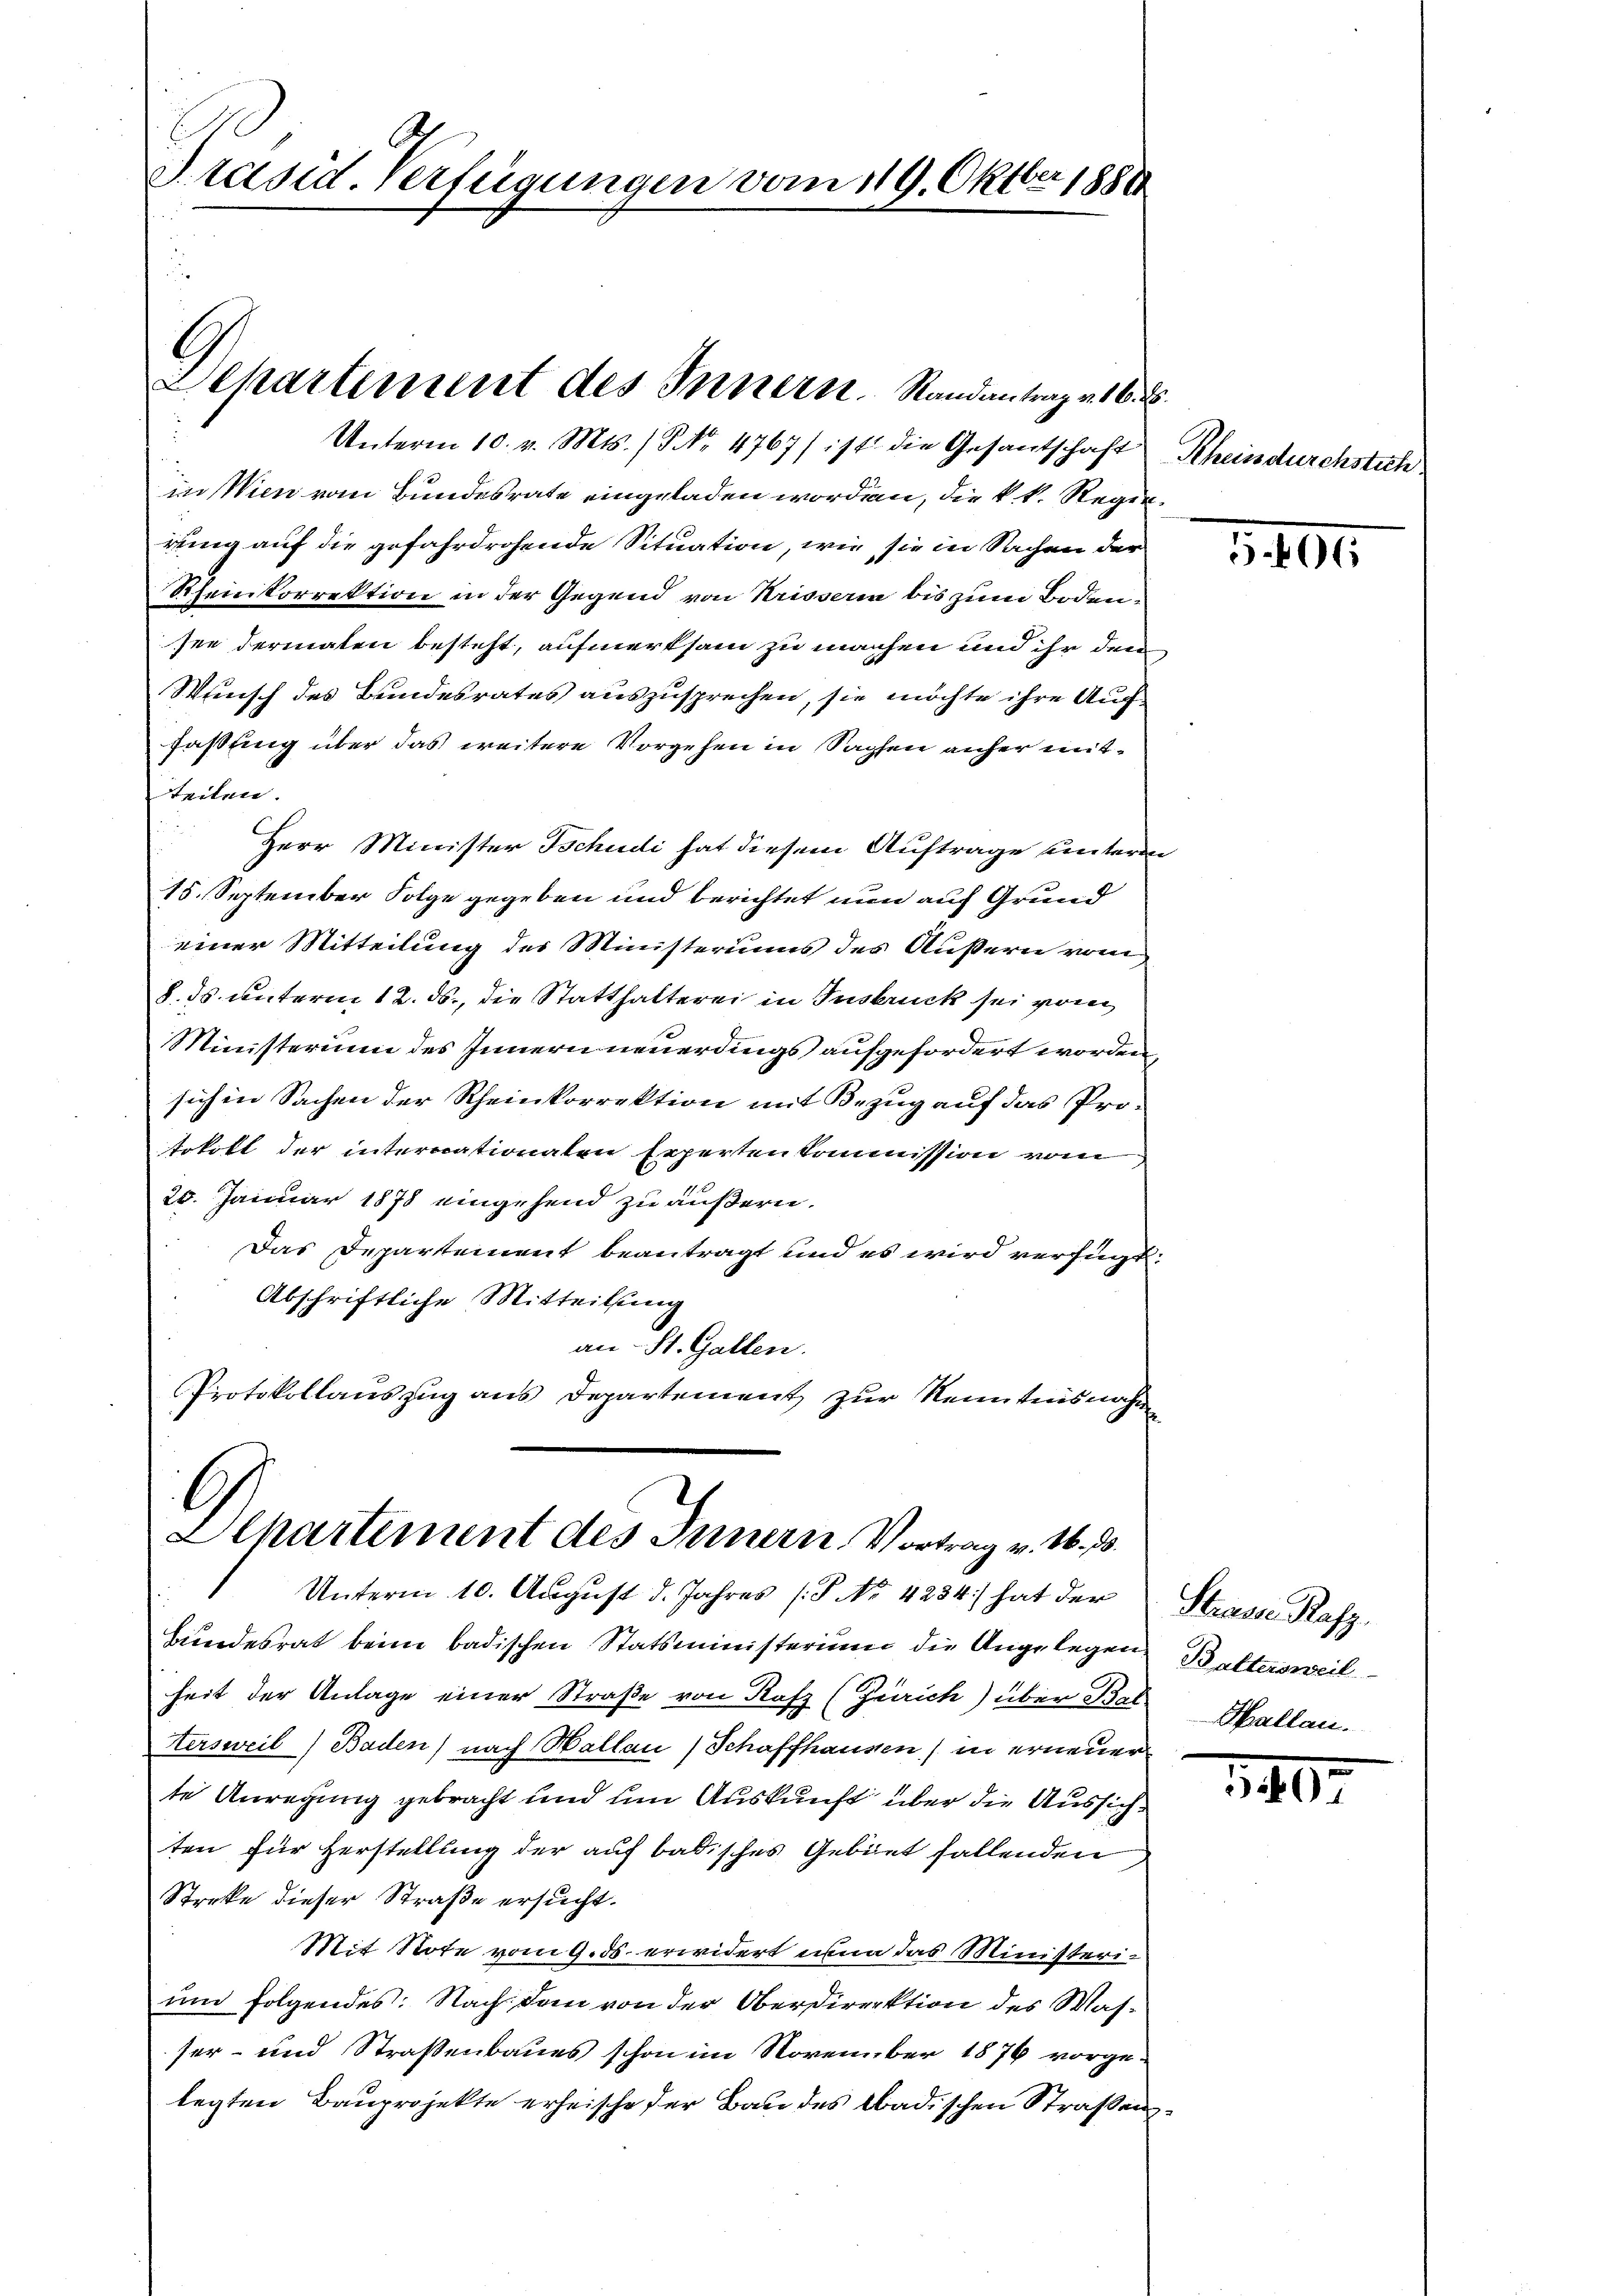
Unterm 10. v. Mts. (Nr. 4767/ ist die Gesantschaft
in Wien vom Bundesrate eingeladen worden, die k. k. Regierung auf die gefahrdrohende Situation, wie sie in Sachen der
Rheinkorrektion in der Gegend von Krisserin bis zum Boden-
see dermaten besteht, aufmerksam zu machen und ihr den
Steirisch des Bundesrates auszusprechen, sie möchte ihre Auffassung über das weitere Vorgehen in Saphen anher mitteiten.
Herr Minister Tschudi hat diesem Auftrage unterm
15. September Folge gegeben und berichtet nun auf Grund
einer Mitteilung des Ministeriums des Äußern vom
8. ds. unterm 12. ds., die Statthalterei in Insbruck sei vom
Ministerium des Innern neuerdings aufgefordert worden,
sich in Sachen der Rheinkorrektion mit Bezug auf das Prototott der internationalen Experten kommission vom
20. Januar 1878 eingehend zu äußern.
Das Departement beantragt und es wird verfügt:
Abschriftliche Mitteilung
an St. Gallen.
Protokollauszug aus Departement zur Neuntensnahme

Präsid. Verfügungen vom 119. Oktber 1888

Lepartement des Innern. Randantrag v. 16. d.

G
Alhartement des Innern Vortrag v. M. D.

Unterm 10. August d. Jahres P. Nr. 4284 hat der
Bundesrat beim badischen Statsministerium die Angelegen
heit der Anlage einer Straße von Rafz (Zürich) über Bal
ersweil) Baden) nach Hallau, Schaffhausen) in erneuer
te Anregung gebracht und um Auskunft über die Aussichten für Herstellung der auf badisches Gebiet fallenden
Streke dieser Straße ersucht.
Mit Note vom 9. ds. erwidert nun das Ministerium folgendes: Nach dem von der Oberdirrektion des Wasser- und Straßenbaues schon im November 1876 vorgelegten Bauprojekte erheische der Bau des badischen Straßen

Rheinsdurchstich

e

506

Strasse Rafz,
Baltersweil
Hallau.

140